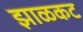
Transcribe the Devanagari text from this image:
झाळकट